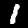
Label: 1